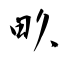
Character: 畂